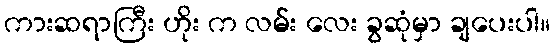
ကားဆရာကြီး ဟိုး က လမ်း လေး ခွဆုံမှာ ချပေးပါ။